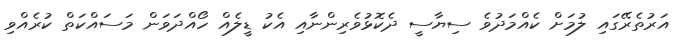
އަރުތެރޭގައި ލުމަށް ކެއްމަދުވެ ސިޔާސީ ދެކޮޅުވެރިންނާއި އެކު ޑީލެއް ހޯއްދަވަން މަސައްކަތް ކުރެއްވި